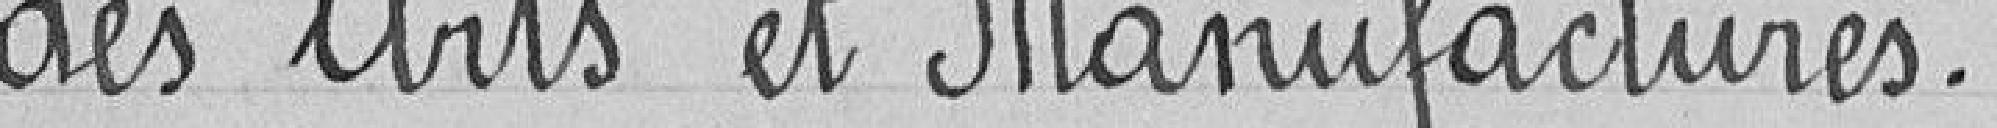
des Arts et Manufactures.